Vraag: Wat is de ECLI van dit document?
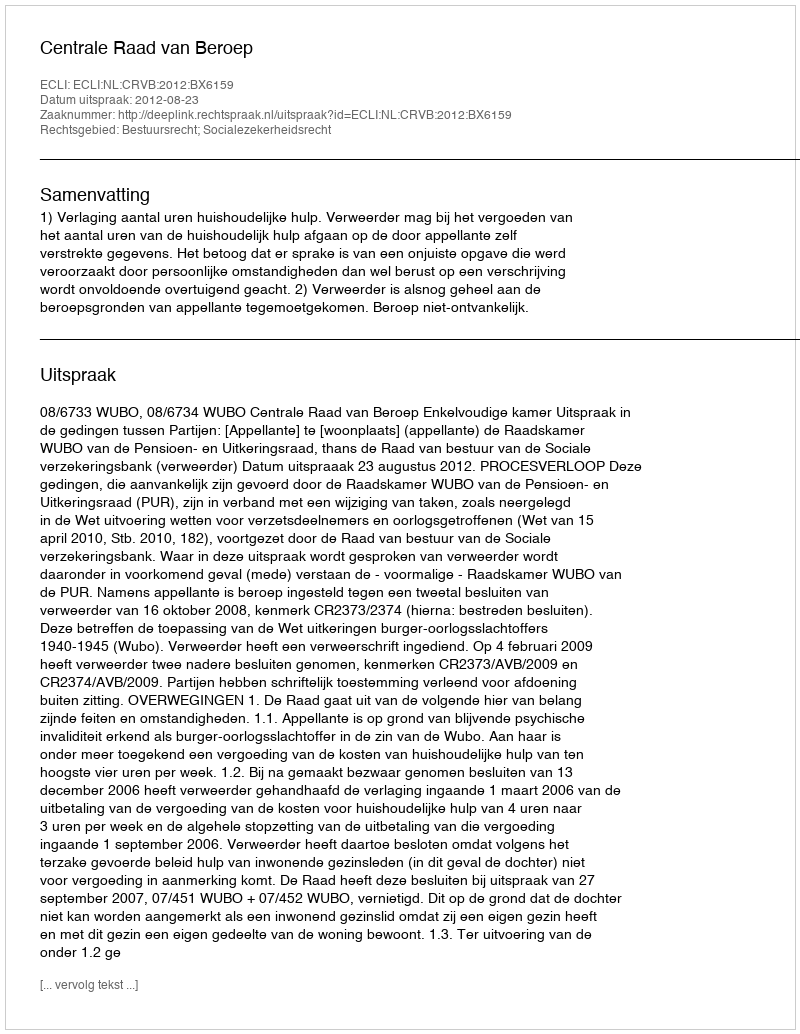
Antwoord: ECLI:NL:CRVB:2012:BX6159